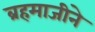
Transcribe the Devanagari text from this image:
ब्रहमाजीने